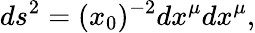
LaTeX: ds^{2}=(x_{0})^{-2}dx^{\mu}dx^{\mu},